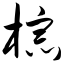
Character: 棕